Code of medical and sanitary regulations for the guidance of medical officers serving in the Madras Presidency - Volume I
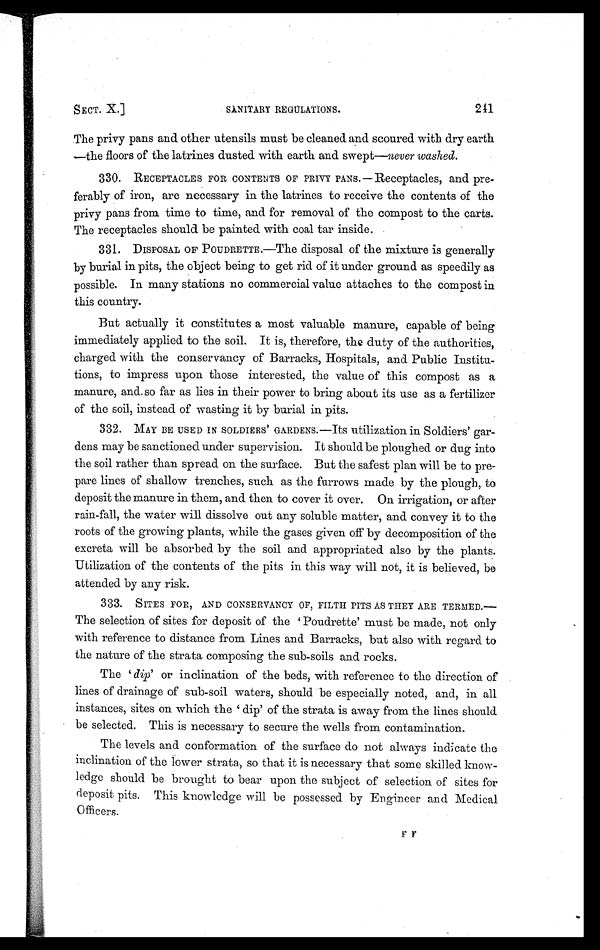
SECT. X.]
SANITARY REGULATIONS.
241
The privy pans and other utensils must be cleaned and scoured with dry earth
—the floors of the latrines dusted with earth and swept— never washed.
330. RECEPTACLES FOR CONTENTS OF PRIVY PANS.—Receptacles, and pre-
ferably of iron, are necessary in the latrines to receive the contents of the
privy pans from time to time, and for removal of the compost to the carts.
The receptacles should be painted with coal tar inside.
331. DISPOSAL OF POUDRETTE.—The disposal of the mixture is generally
by burial in pits, the object being to get rid of it under ground as speedily as
possible. In many stations no commercial value attaches to the compost in
this country.
But actually it constitutes a most valuable manure, capable of being
immediately applied to the soil. It is, therefore, the duty of the authorities,
charged with the conservancy of Barracks, Hospitals, and Public Institu-
tions, to impress upon those interested, the value of this compost as a
manure, and so far as lies in their power to bring about its use as a fertilizer
of the soil, instead of wasting it by burial in pits.
332. MAY BE USED IN SOLDIERS' GARDENS.—Its utilization in Soldiers' gar-
dens may be sanctioned under supervision. It should be ploughed or dug into
the soil rather than spread on the surface. But the safest plan will be to pre-
pare lines of shallow trenches, such as the furrows made by the plough, to
deposit the manure in them, and then to cover it over. On irrigation, or after
rain-fall, the water will dissolve out any soluble matter, and convey it to the
roots of the growing plants, while the gases given off by decomposition of the
excreta will be absorbed by the soil and appropriated also by the plants.
Utilization of the contents of the pits in this way will not, it is believed, be
attended by any risk.
333. SITES FOR, AND CONSERVANCY OF, FILTH PITS AS THEY ARE TERMED.—
The selection of sites for deposit of the 'Poudrette' must be made, not only
i
with reference to distance from Lines and Barracks, but also with regard to
the nature of the strata composing the sub-soils and rocks.
The 'dip' or inclination of the beds, with reference to the direction of
lines of drainage of sub-soil waters, should be especially noted, and, in all
instances, sites on which the 'dip' of the strata is away from the lines should
be selected. This is necessary to secure the wells from contamination.
The levels and conformation of the surface do not always indicate the
inclination of the lower strata, so that it is necessary that some skilled know-
ledge should be brought to bear upon the subject of selection of sites for
deposit pits. This knowledge will be possessed by Engineer and Medical
Officers.
F
F